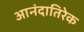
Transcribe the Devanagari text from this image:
आनंदातिरेक